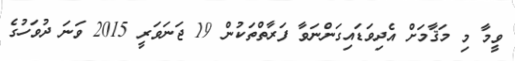
ވީމާ މި މަޤާމަށް އެދިވަޑައިގަންނަވާ ފަރާތްތަކުން 19 ޖަނަވަރީ 2015 ވަނަ ދުވަހުގެ